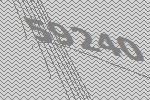
59240